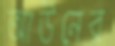
আউনের